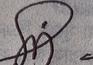
Signature authenticity: genuine